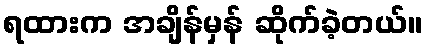
ရထားက အချိန်မှန် ဆိုက်ခဲ့တယ်။